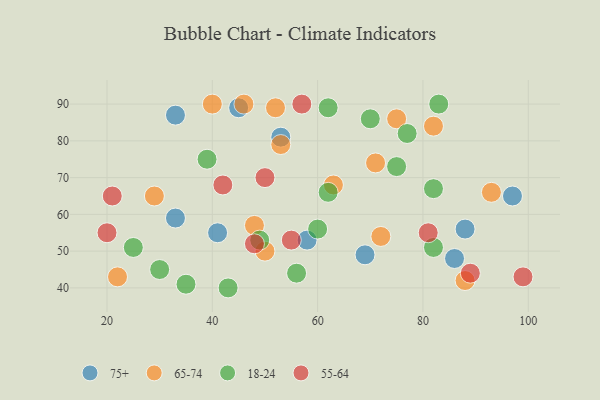
{"axis": {"x": "GDP", "y": "Life Expectancy"}, "legend": ["18-24", "55-64", "65-74", "75+"], "data": [{"x": "41", "y": 55, "type": "75+"}, {"x": "97", "y": 65, "type": "75+"}, {"x": "53", "y": 81, "type": "75+"}, {"x": "58", "y": 53, "type": "75+"}, {"x": "86", "y": 48, "type": "75+"}, {"x": "69", "y": 49, "type": "75+"}, {"x": "33", "y": 87, "type": "75+"}, {"x": "88", "y": 56, "type": "75+"}, {"x": "33", "y": 59, "type": "75+"}, {"x": "45", "y": 89, "type": "75+"}, {"x": "52", "y": 89, "type": "65-74"}, {"x": "88", "y": 42, "type": "65-74"}, {"x": "46", "y": 90, "type": "65-74"}, {"x": "48", "y": 57, "type": "65-74"}, {"x": "71", "y": 74, "type": "65-74"}, {"x": "82", "y": 84, "type": "65-74"}, {"x": "50", "y": 50, "type": "65-74"}, {"x": "53", "y": 79, "type": "65-74"}, {"x": "40", "y": 90, "type": "65-74"}, {"x": "93", "y": 66, "type": "65-74"}, {"x": "63", "y": 68, "type": "65-74"}, {"x": "72", "y": 54, "type": "65-74"}, {"x": "29", "y": 65, "type": "65-74"}, {"x": "75", "y": 86, "type": "65-74"}, {"x": "22", "y": 43, "type": "65-74"}, {"x": "62", "y": 89, "type": "18-24"}, {"x": "75", "y": 73, "type": "18-24"}, {"x": "39", "y": 75, "type": "18-24"}, {"x": "82", "y": 51, "type": "18-24"}, {"x": "56", "y": 44, "type": "18-24"}, {"x": "62", "y": 66, "type": "18-24"}, {"x": "30", "y": 45, "type": "18-24"}, {"x": "25", "y": 51, "type": "18-24"}, {"x": "43", "y": 40, "type": "18-24"}, {"x": "77", "y": 82, "type": "18-24"}, {"x": "49", "y": 53, "type": "18-24"}, {"x": "35", "y": 41, "type": "18-24"}, {"x": "82", "y": 67, "type": "18-24"}, {"x": "83", "y": 90, "type": "18-24"}, {"x": "60", "y": 56, "type": "18-24"}, {"x": "70", "y": 86, "type": "18-24"}, {"x": "21", "y": 65, "type": "55-64"}, {"x": "57", "y": 90, "type": "55-64"}, {"x": "42", "y": 68, "type": "55-64"}, {"x": "48", "y": 52, "type": "55-64"}, {"x": "81", "y": 55, "type": "55-64"}, {"x": "20", "y": 55, "type": "55-64"}, {"x": "99", "y": 43, "type": "55-64"}, {"x": "89", "y": 44, "type": "55-64"}, {"x": "50", "y": 70, "type": "55-64"}, {"x": "55", "y": 53, "type": "55-64"}]}